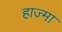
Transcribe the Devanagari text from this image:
हाज्मा